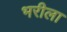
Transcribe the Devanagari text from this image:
भरीला